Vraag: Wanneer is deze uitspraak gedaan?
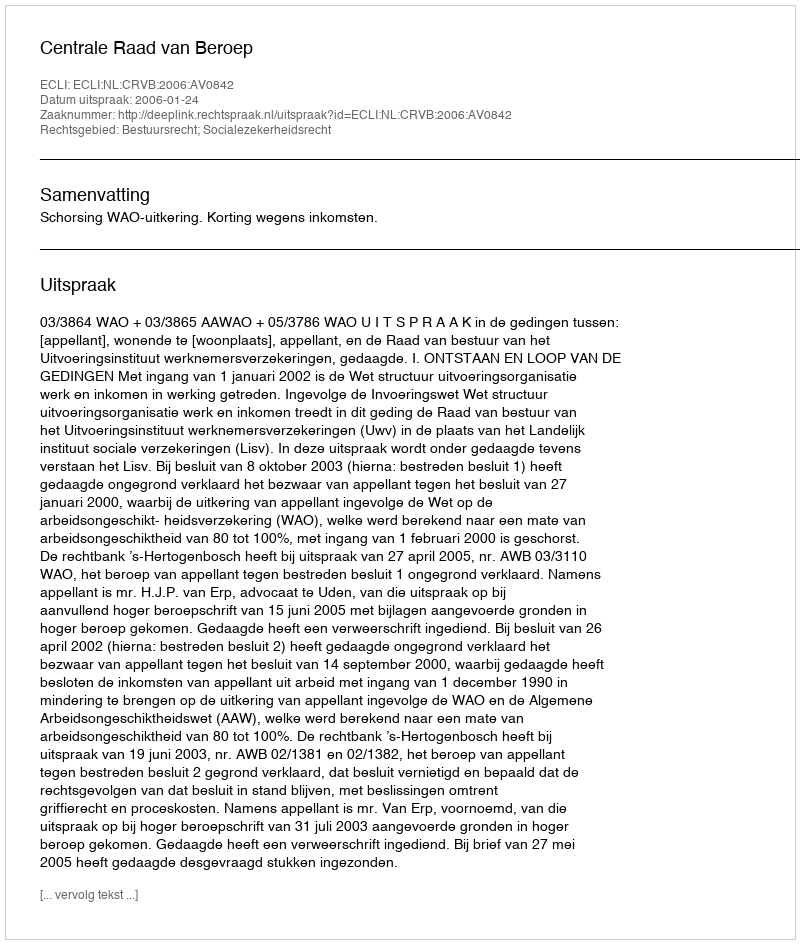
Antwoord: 2006-01-24